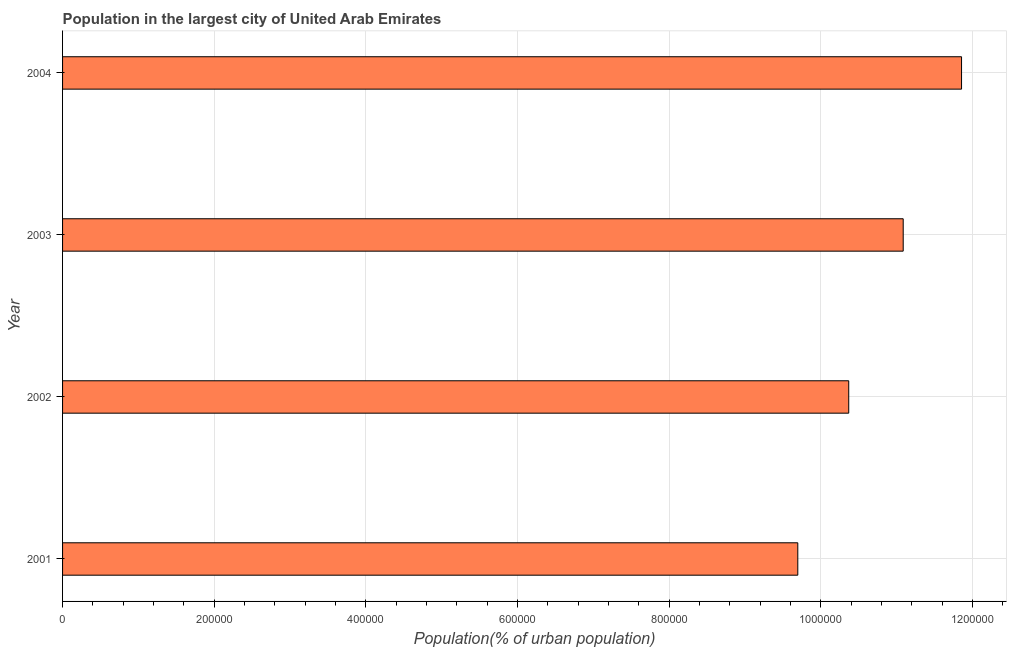
| Year | Population in largest city |
 | --- | --- |
 | 2001 | 9.7e+05 |
 | 2002 | 1.04e+06 |
 | 2003 | 1.11e+06 |
 | 2004 | 1.19e+06 |